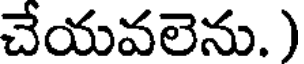
చేయవలెను.)